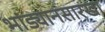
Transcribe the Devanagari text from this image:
भांड्यानसारखा